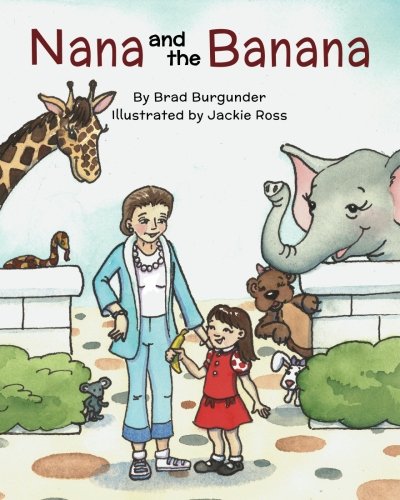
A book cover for Nana And The Banana; Bradley Burgunder; Children's Books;